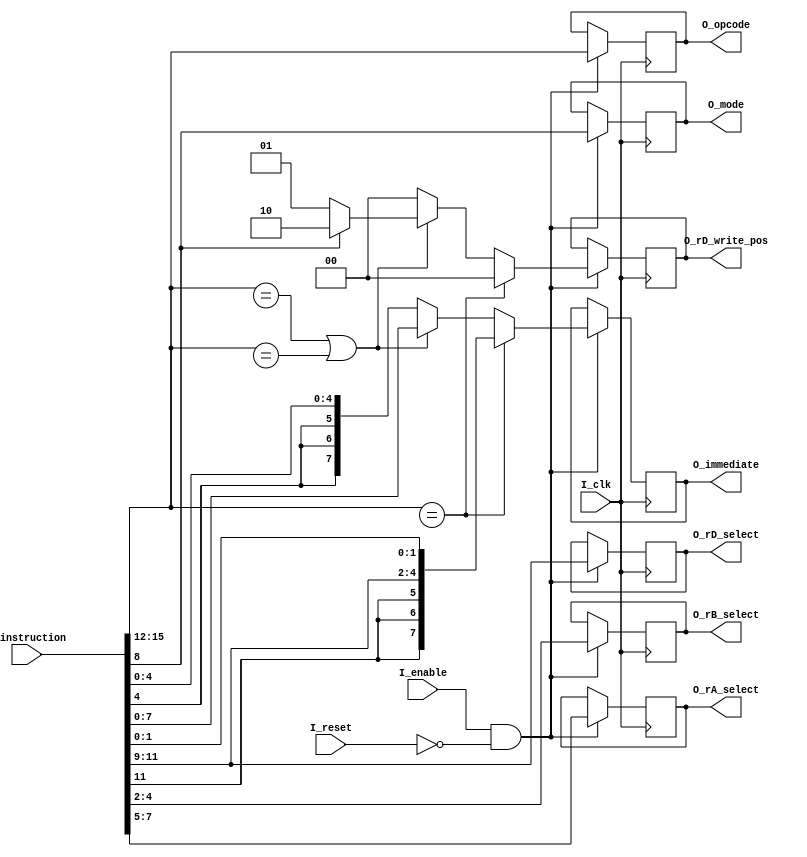
module decoder(input wire I_clk,
    input wire I_reset, 
    input wire I_enable,
    input wire[15:0] I_instruction,
    output reg [3:0] O_opcode,
    output reg[2:0] O_rD_select,
    output reg[1:0] O_rD_write_pos,
    output reg[2:0] O_rA_select,
    output reg[2:0] O_rB_select,
    output reg[7:0] O_immediate,
    output reg O_mode);

always @(posedge I_clk)
begin: decoder
    if (I_enable == 1 && I_reset == 0)
    begin
        O_opcode    <= I_instruction[15:12];
        O_rD_select <= I_instruction[11:9];
        O_rA_select <= I_instruction[7:5];
        O_rB_select <= I_instruction[4:2];
        O_mode      <= I_instruction[8];

        if (I_instruction[15:12] == WRITE)
        begin
            O_immediate <= {{3{I_instruction[11]}}, I_instruction[11:9], I_instruction[1:0]}; 
            O_rD_write_pos <= 0;
        end
        else if(I_instruction[15:12] == LOAD || I_instruction[15:12] == JMP)
        begin
            O_immediate <= I_instruction[7:0];
            if (I_instruction[8] == 0) begin
                O_rD_write_pos <= 1;
            end
            else begin
                O_rD_write_pos <= 2;
            end
        end
        else begin
            O_immediate <= {{3{I_instruction[4]}}, I_instruction[4:0]};
            O_rD_write_pos <= 0;
        end
    end
end
endmodule